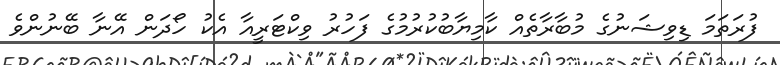
ފުރަތަމަ ޑިވިޝަނުގެ މުބާރާތެއް ކާމިޔާބުކުރުމުގެ ފަހުރު ވިކްޓަރީއާ އެކު ހޯދަން އޭނާ ބޭނުންވެ